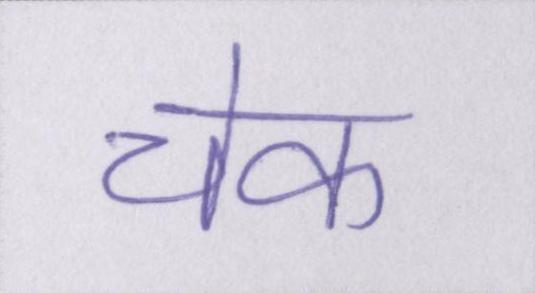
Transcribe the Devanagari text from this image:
चेक